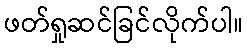
ဖတ်ရှုဆင်ခြင်လိုက်ပါ။